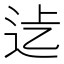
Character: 𨑵